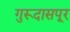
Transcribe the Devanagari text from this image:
गुरूदासपूर